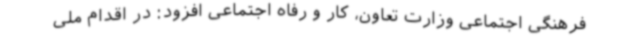
فرهنگی اجتماعی وزارت تعاون، کار و رفاه اجتماعی افزود: در اقدام ملی